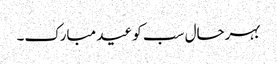
بہرحال سب کو عید مبارک۔